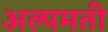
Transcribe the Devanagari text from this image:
अल्पमती